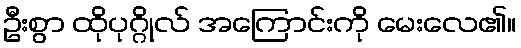
ဦးစွာ ထိုပုဂ္ဂိုလ် အကြောင်းကို မေးလေ၏။